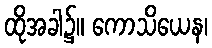
ထိုအခါ၌။ ကောသိယေန၊